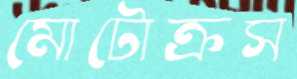
মোটোক্রস